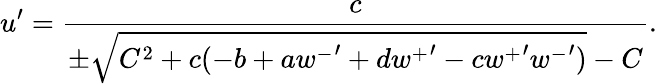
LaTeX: u^{\prime}=\frac{c}{\pm\sqrt{C^{2}+c(-b+a{w^{-}}^{\prime}+d{w^{+}}^{\prime}-c{w^{+}}^{\prime}{w^{-}}^{\prime})}-C}.